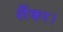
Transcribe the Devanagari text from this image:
शैंकर।